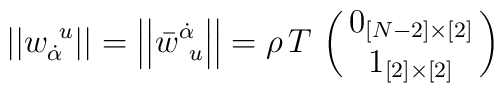
\left|\left|w_{\dot\alpha}^{~u}\right|\right| =\left|\left|\bar w^{\dot\alpha}_{~u}\right|\right|=\rho\, T\, \pmatrix{0_{[N-2]\times[2]}\cr 1_{[2]\times[2]}}